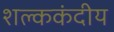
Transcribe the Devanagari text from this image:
शल्ककंदीय